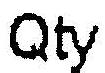
QTY